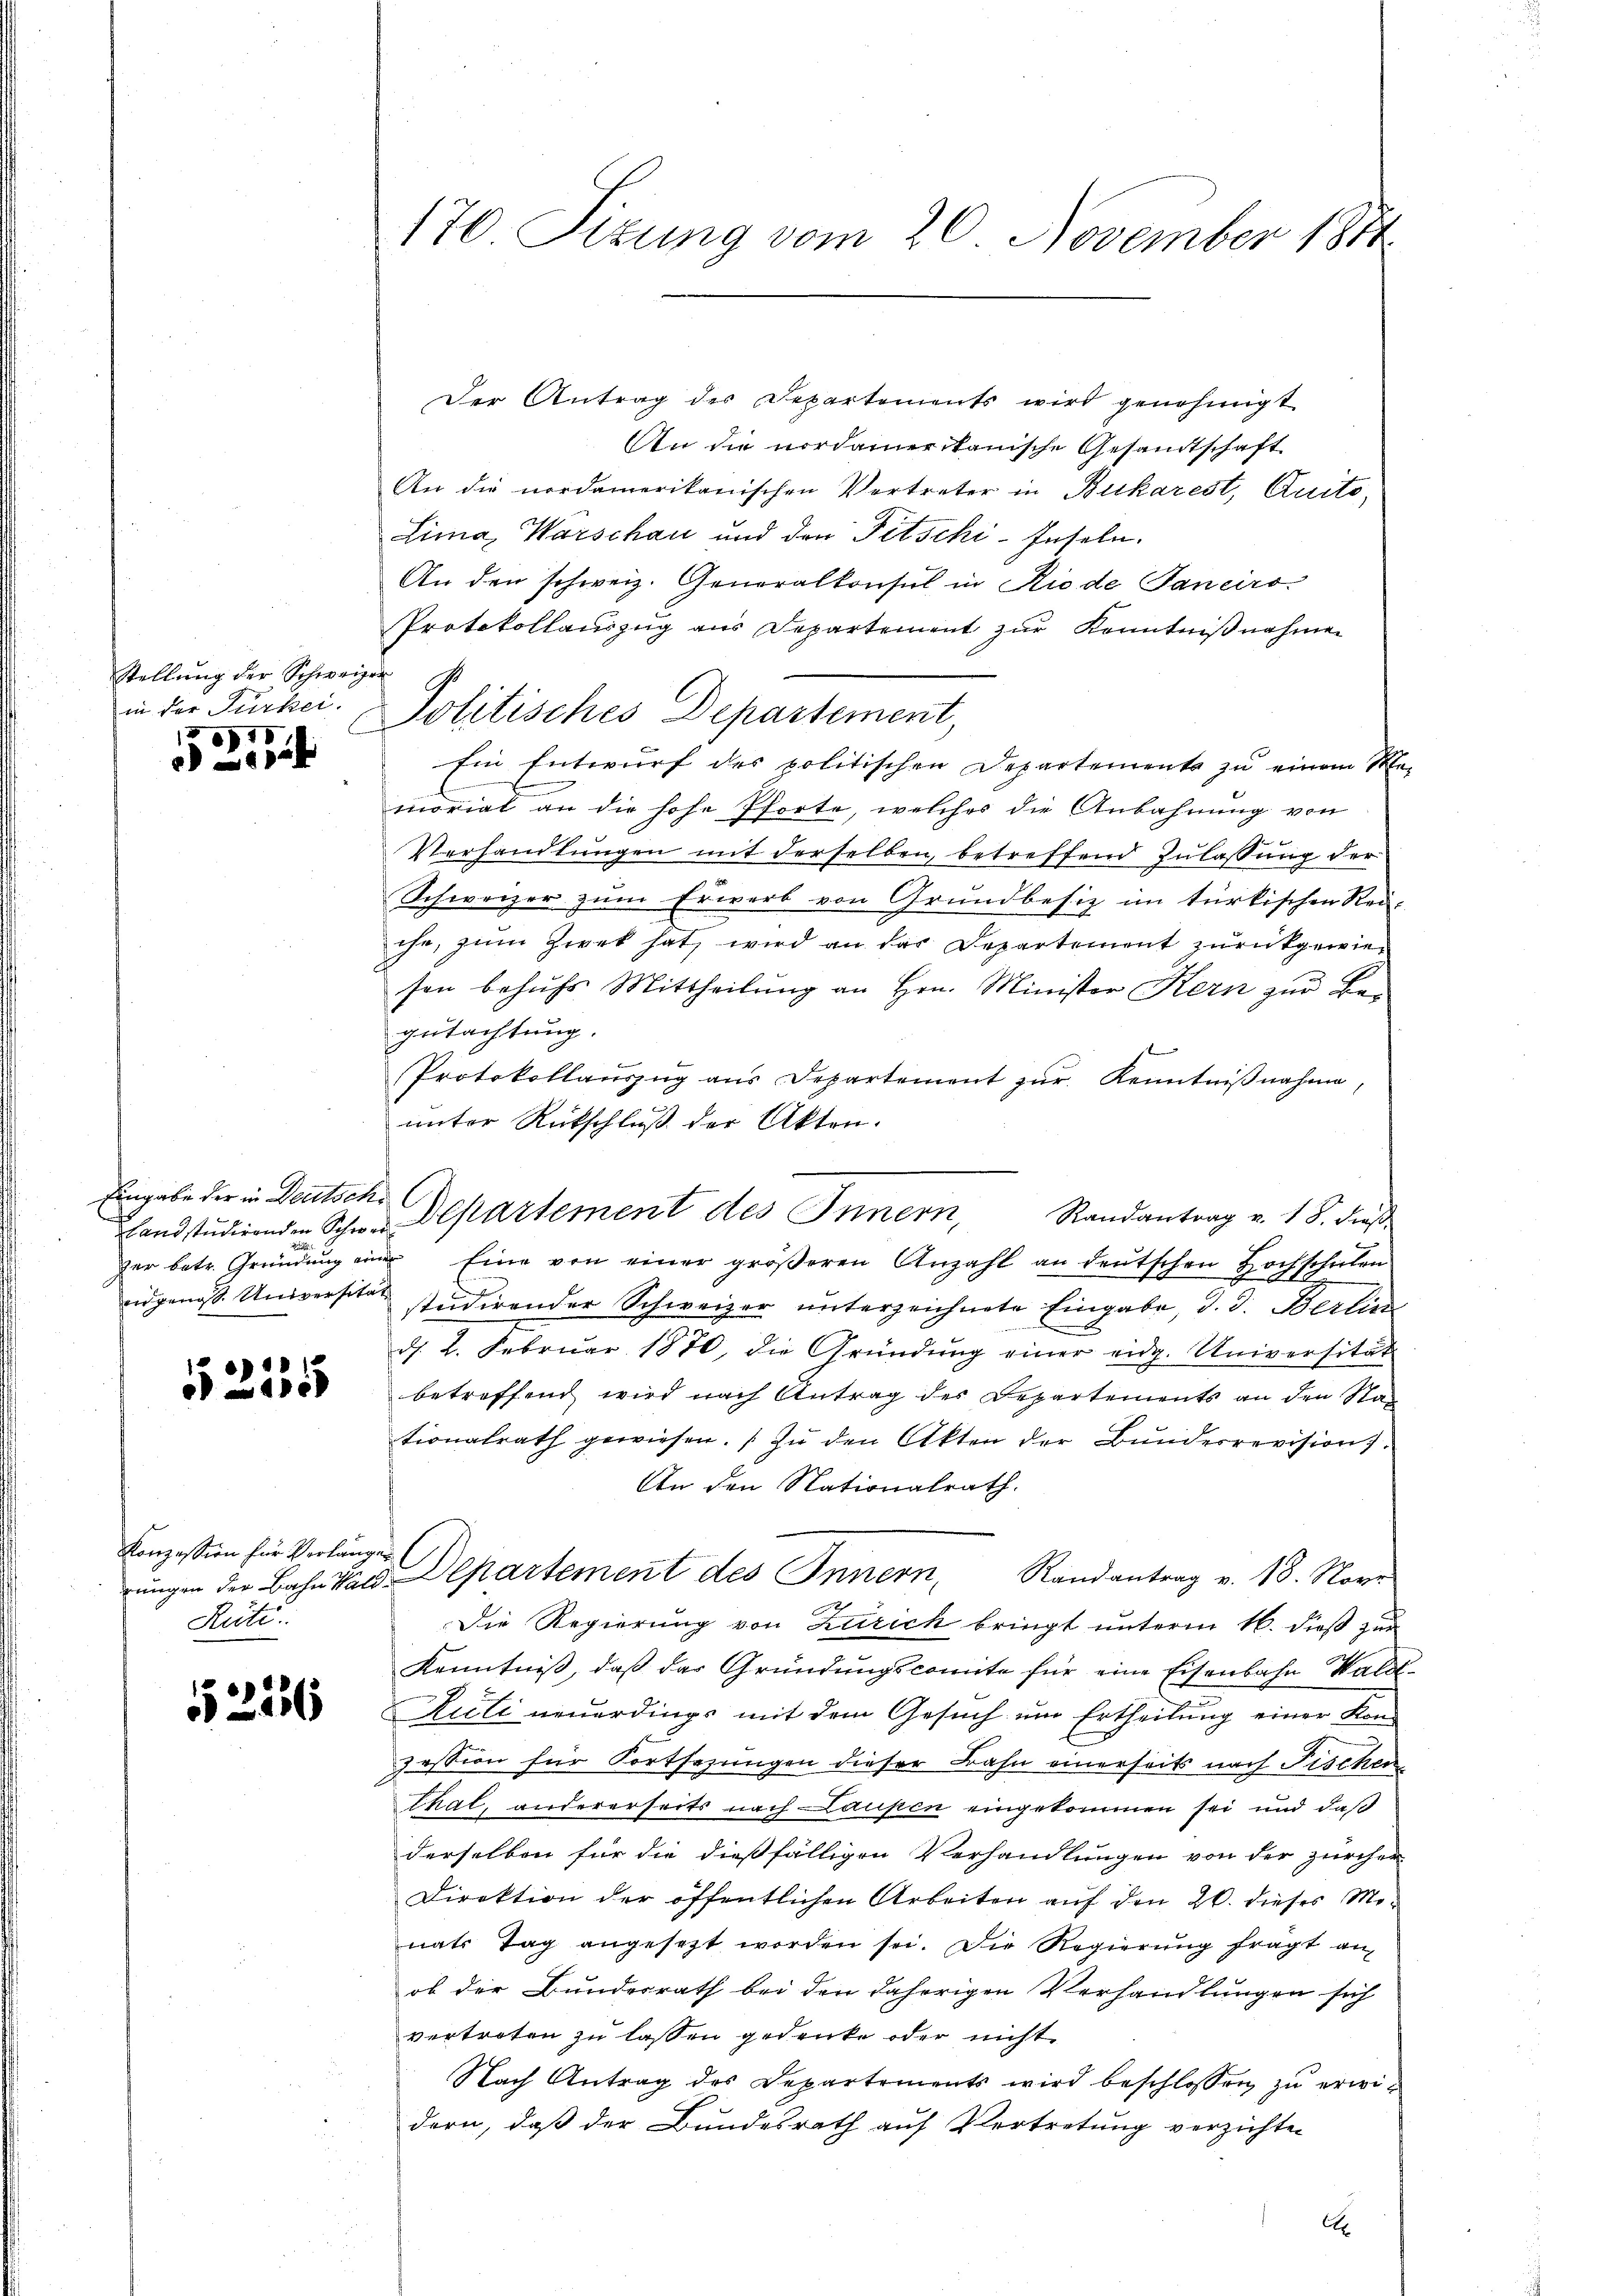
stellung der Schweizer
in der Türkei.
5
7

Eingabe der in Deutsche

52135

Konzession für Verlangen
Rüti.

1326

176 Sizung vom 20. November 1811.

Der Antrag der Departements wird genehmigt
An die nordamerikanische Gesandtschaft
An die nordamerikanischen Vertreter in Bucharest, Quito,
Lima, Warschau und den Fetschi-Enseln.
An den schweiz. Generalkonsul in Rio de Janeirs
Protokollauszug aus Departement zur Kenntnißnahmen
Politisches Departement,
Ein Entwurf der politischen Departements zu einem Ma-
.
morial an die hohe Pforte, welches die Anbahnung von
Verhandlungen mit derselben, betreffend Zulassung der
Schweizer zum Erwerb von Grundbesiz im türkischen Rei-
che, zum Zierk hat, wird an der Departement zurückgewieson behufs Mittheilung an Hrn. Minister Kern zur Begutachtung.
f
Protokollauszug aus Departement zŭr Kenntniβnahme,
unter Rückschluß der Akten.
landstudirenden Schwer Departement des Innern, Randantrag v. 18. dieβ
zer betr. Gründung einer Eine von einer gröβeren Anzahl an deutschen Hochschulen
idgenoß. Universitze studirender Schweizer unterzeichnete Eingabe, d. d. Berli

d. 2. Februar 1870, die Gründung einer eidg. Universität
betreffend wird nach Antrag der Departements an den Stad
tionalrath gewiesen. In den Akten der Bunderrevision).
An den Nationalrath.
rŭngen der Bahn Wald. Departement des Innern, Randantrag v. 18. Nove
Die Regierung von Zürich bringt unterm 16. dieß zur
Kenntniß, daß das Gründungscomite für eine Eisenbahn Waldt-
Auti neuerdings mit dem Gesuch um Ertheilung einer Kon-
zession für Fortsezungen dieser Bahn einerseits nach Fischen
Thal, andererseits nach Laupen eingekommen sei und daß
derselben für die dießfälligen Verhandlungen von der zürcher
Direktion der öffentlichen Arbeiten aŭf den 20. dieses Mo-
nats Tag angesetzt worden sei. Die Regierŭng fragt an-
ob der Bundesrath bei den daherigen Verhandlungen sich
vertreten zu lassen gedenke oder nicht
Nach Antrag des Departements wird beschlossen zŭ erwidern, daß der Bundesrath auf Vertretung verzichten
A